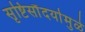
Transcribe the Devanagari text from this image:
सृष्टिसौंदर्यामुळे